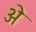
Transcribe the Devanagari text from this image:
अे